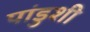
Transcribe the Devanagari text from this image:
पांडुशी